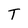
Character: T